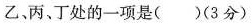
乙、丙、丁处的一项是( )(3分)